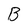
Character: B